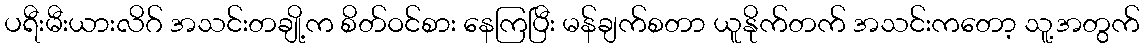
ပရီးမီးယားလိဂ် အသင်းတချို့က စိတ်ဝင်စား နေကြပြီး မန်ချက်စတာ ယူနိုက်တက် အသင်းကတော့ သူ့အတွက်